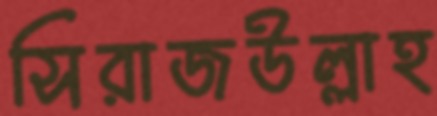
সিরাজউল্লাহ